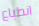
انطباع